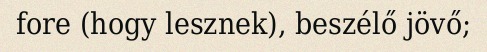
fore (hogy lesznek), beszélő jövő;